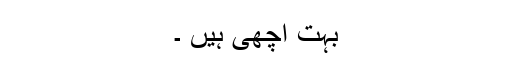
بہت اچھی ہیں ۔